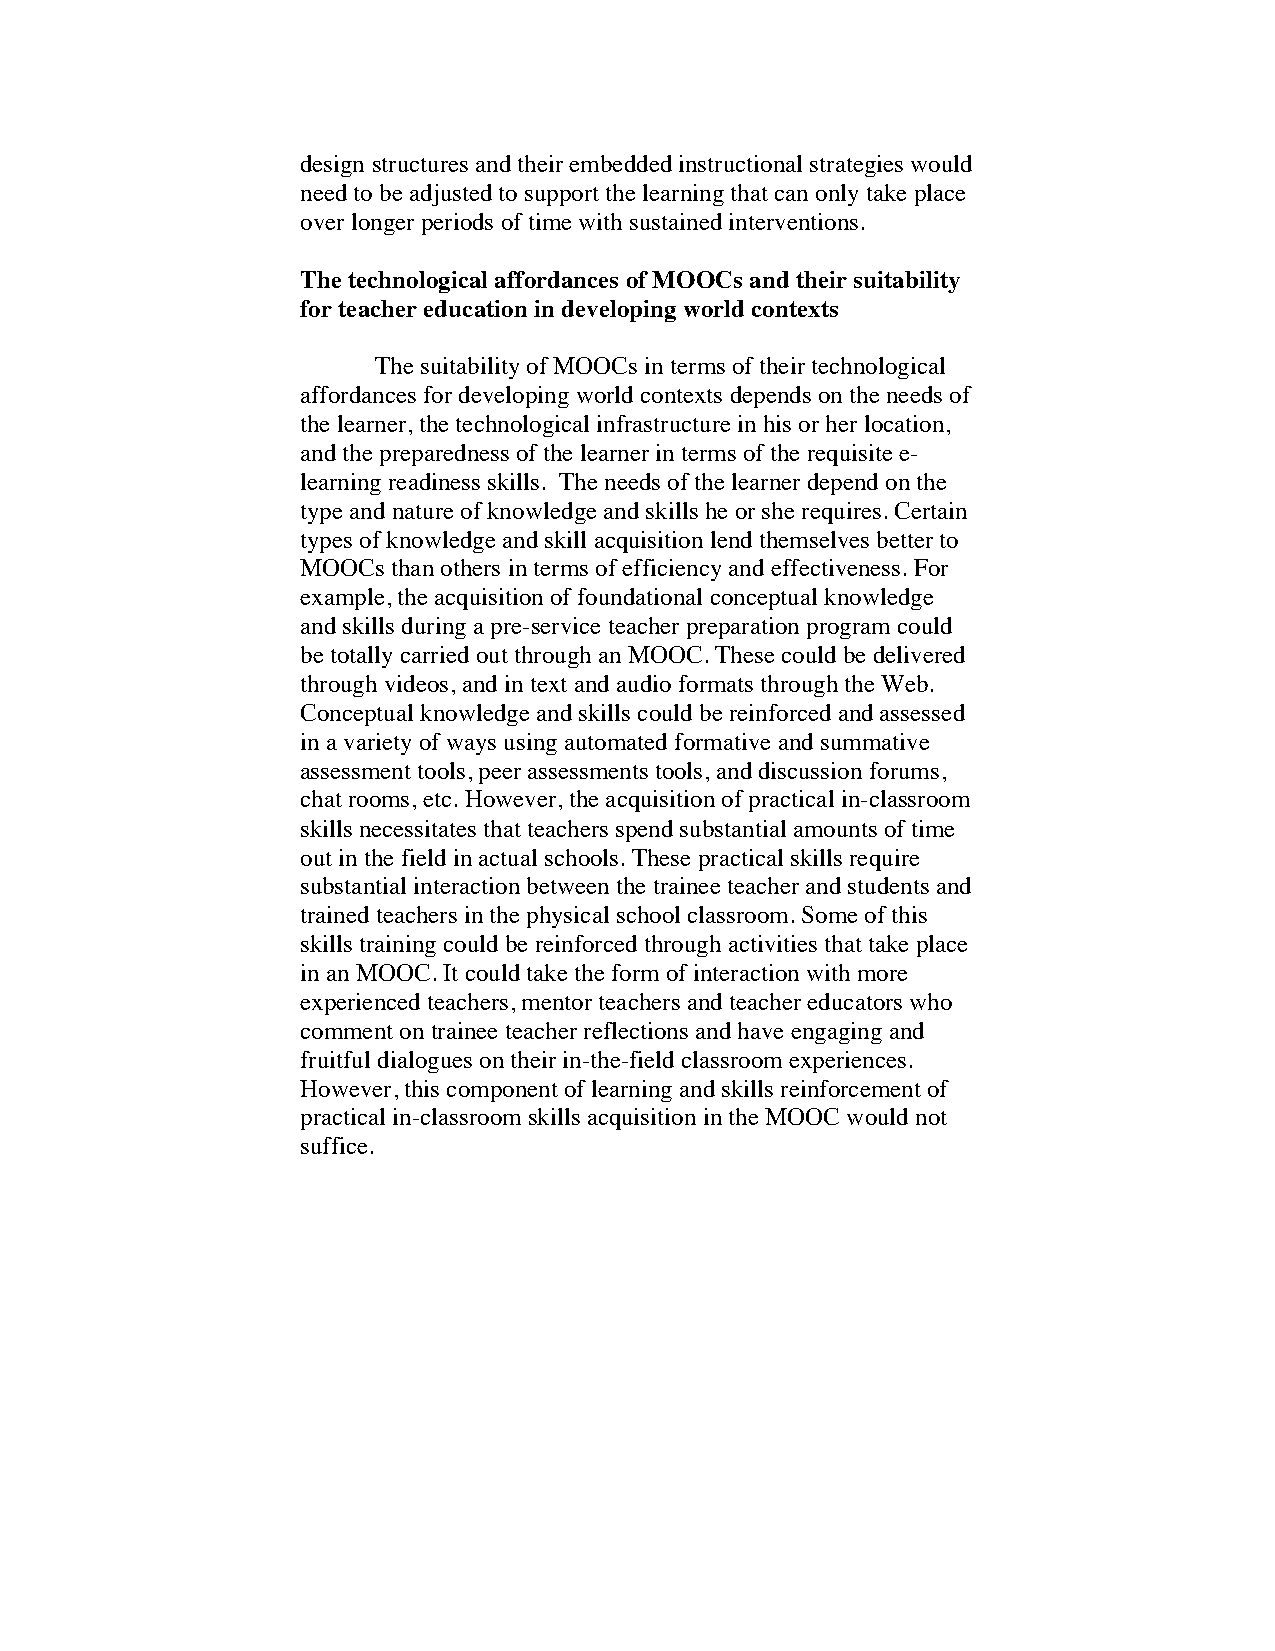
design structures and their embedded instructional strategies would
 need to be adjusted to support the learning that can only take place
 over longer periods of time with sustained interventions.
 The technological affordances of MOOCs and their suitability
 for teacher education in developing world contexts
 The suitability of MOOCs in terms of their technological
 affordances for developing world contexts depends on the needs of
 the learner, the technological infrastructure in his or her location,
 and the preparedness of the learner in terms of the requisite e-
 learning readiness skills. The needs of the learner depend on the
 type and nature of knowledge and skills he or she requires. Certain
 types of knowledge and skill acquisition lend themselves better to
 MOOCs than others in terms of efficiency and effectiveness. For
 example, the acquisition of foundational conceptual knowledge
 and skills during a pre-service teacher preparation program could
 be totally carried out through an MOOC. These could be delivered
 through videos, and in text and audio formats through the Web.
 Conceptual knowledge and skills could be reinforced and assessed
 in a variety of ways using automated formative and summative
 assessment tools, peer assessments tools, and discussion forums,
 chat rooms, etc. However, the acquisition of practical in-classroom
 skills necessitates that teachers spend substantial amounts of time
 out in the field in actual schools. These practical skills require
 substantial interaction between the trainee teacher and students and
 trained teachers in the physical school classroom. Some of this
 skills training could be reinforced through activities that take place
 in an MOOC. It could take the form of interaction with more
 experienced teachers, mentor teachers and teacher educators who
 comment on trainee teacher reflections and have engaging and
 fruitful dialogues on their in-the-field classroom experiences.
 However, this component of learning and skills reinforcement of
 practical in-classroom skills acquisition in the MOOC would not
 suffice.